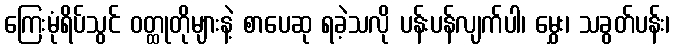
ကြေးမုံရိပ်သွင် ဝတ္ထုတိုများနဲ့ စာပေဆု ရခဲ့သလို ပန်းပန်လျက်ပါ၊ မွှေး၊ သခွတ်ပန်း၊